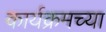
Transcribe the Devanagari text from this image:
कार्यक्रमच्या